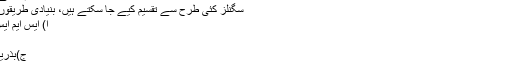
سگنل فراہم کرنے کا طریق کار
سگنلز کئی طرح سے تقسیم کیے جا سکتے ہیں، بنیادی طریقوں میں شامل ہیں
ا) ایس ایم ایس (برقی پیغام)
ب) ای میل
ج)بذریعہ ویب سائیٹ
عام طور پر ایس ایم ایس بھیجنے کو پیشہ وارانہ طریقہ تصور کیا جاتا ہے، جس کا مطلب ہے کہ ایک تاجر اپنے موبائل فون پر پیشکش وصول کرنے کا اہل ہے۔